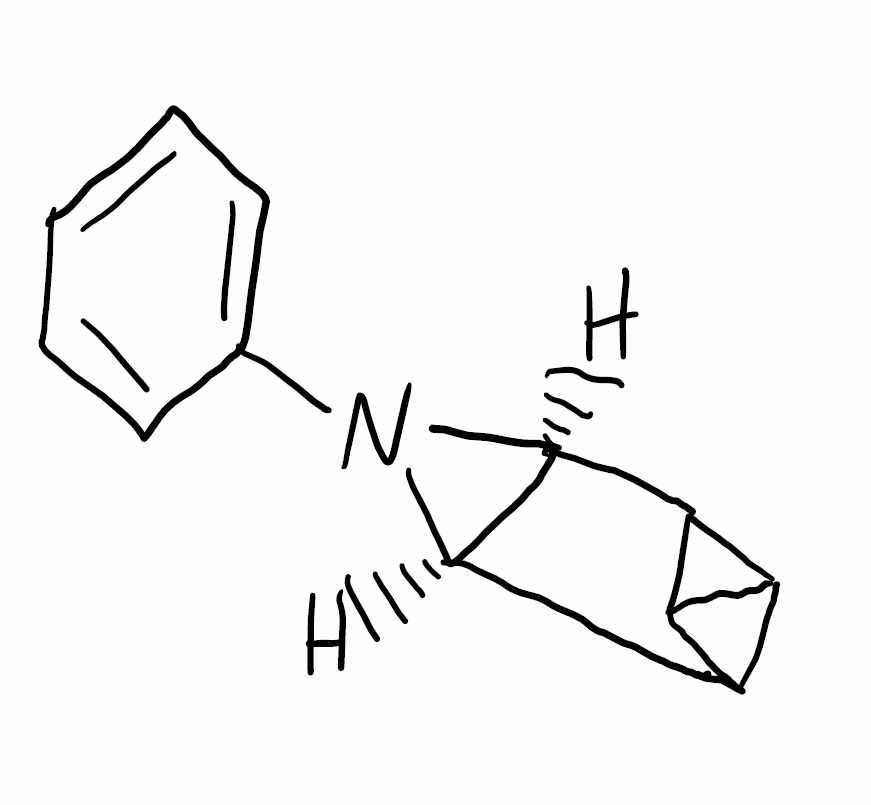
Simplified molecular-input line-entry system (SMILES) notation of the given molecule:
C1=CC=C(C=C1)N2[C@@H]3[C@H]2C4C5C3C45